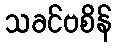
သခင်ဗစိန်